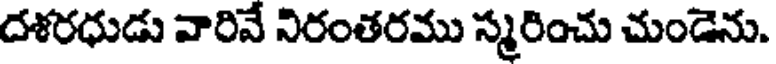
దళరధుడు వారివే నిరంతరము స్మరించు చుండెను.